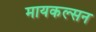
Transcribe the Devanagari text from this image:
मायकल्सन